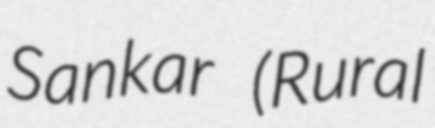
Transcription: Sankar (Rural